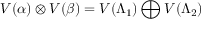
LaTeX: V ( \alpha ) \otimes V ( \beta ) = V ( \Lambda _ { 1 } ) \bigoplus V ( \Lambda _ { 2 } )